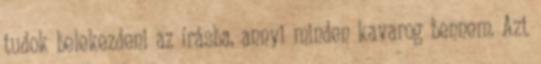
tudok belekezdeni az írásba, annyi minden kavarog bennem. Azt